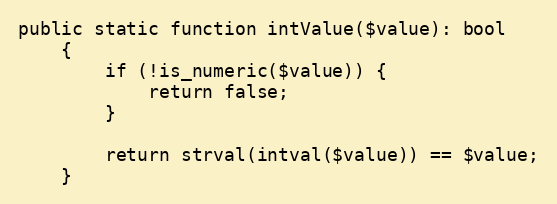
Language: PHP
public static function intValue($value): bool
    {
        if (!is_numeric($value)) {
            return false;
        }

        return strval(intval($value)) == $value;
    }